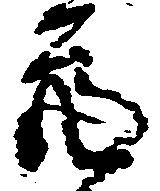
亮